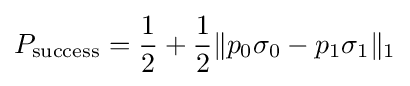
P_{\text{success}}={\frac {1}{2}}+{\frac {1}{2}}\|p_{0}\sigma _{0}-p_{1}\sigma _{1}\|_{1}